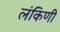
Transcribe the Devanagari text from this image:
लंकिणी